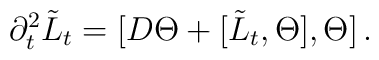
\partial_t^2 \tilde L_t = [D\Theta + [\tilde L_t, \Theta],\Theta]\,.